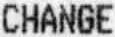
CHANGE